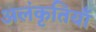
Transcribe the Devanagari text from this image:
अलंकृतियाँ